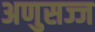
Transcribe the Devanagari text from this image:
अणुसज्ज